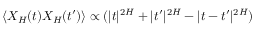
\langle X _ { H } ( t ) X _ { H } ( t ^ { \prime } ) \rangle \propto ( | t | ^ { 2 H } + | t ^ { \prime } | ^ { 2 H } - | t - t ^ { \prime } | ^ { 2 H } )